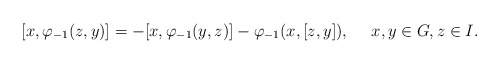
\begin{align*} [x,\varphi_{-1}(z,y)]=-[x, \varphi_{-1}(y,z)]- \varphi_{-1}(x,[z,y]), \ \ \ \ x, y\in G, z\in I.\end{align*}